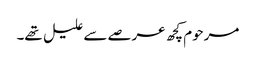
مرحوم کچھ عرصے سے علیل تھے۔